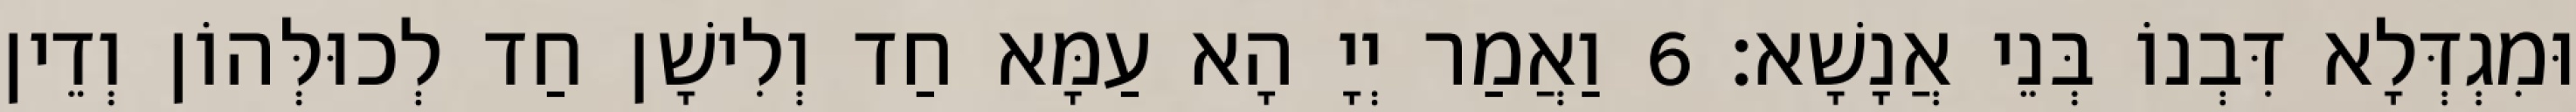
וּמִגְדְּלָא דִּבְנוֹ בְּנֵי אֲנָשָׁא׃ 6 וַאֲמַר יְיָ הָא עַמָּא חַד וְלִישָׁן חַד לְכוּלְּהוֹן וְדֵין